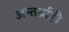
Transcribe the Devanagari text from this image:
अन्तर्ग्राही